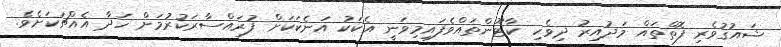
ޝައުގުވެރި ފޮތްތައް މަދުއިރު ދިވެހި ކާޓޫންތައްވެފައިމިވަނީ އެކަކު އަނެކަކަށް ފުރައްސާރަކުރުމަށް ހަދާ އެއްޗަކަށެވެ.